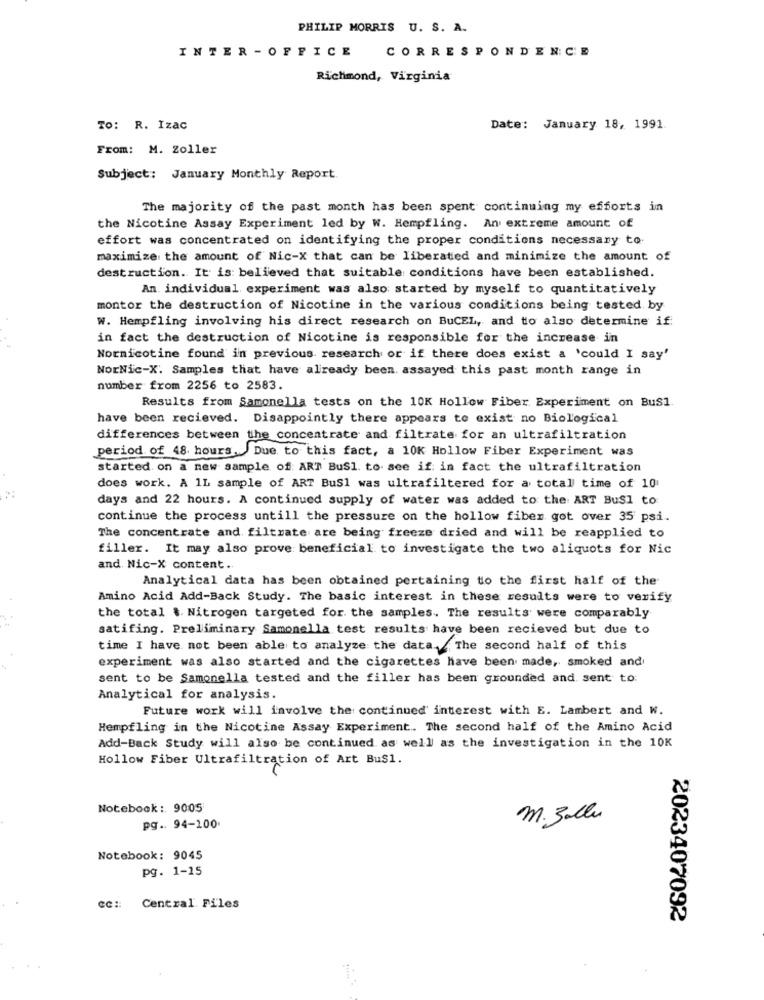
PHILIP MORRIS U. S. A.
INTER -OFFICE
CORRESPONDENCE
Richmond, Virginia
TO: R. Izac
Date: January 18, 1991.
From: M. Zoller
Subject: January Monthly Report.
The majority of the past month has been spent continuing my efforts in
the Nicotine Assay Experiment led by W. Hempfling. An extreme amount of
effort was concentrated on identifying the proper conditions necessary to
maximize the amount of Nic-X that can be liberated and minimize the amount of
destruction. It is: believed that suitable conditions have been established.
An. individual experiment was also started by myself to quantitatively
montor the destruction of Nicotine in the various conditions being tested by
W. Hempfling involving his direct research on BuCEL, and to also determine if:
in fact the destruction of Nicotine is responsible for the increase in
Nornicotine found in previous research or if there does exist a 'could I say'
NorNic-X. Samples that have already been. assayed this past month range in
number from 2256 to 2583.
Results from Samonella tests on the 10K Hollow Fiber Experiment on Bus1.
have been recieved. Disappointly there appears to exist no Biological
differences between the concentrate and filtrate for an ultrafiltration
period of 48 hours. Due to this fact, a 10K Hollow Fiber Experiment was
started on a new sample of: ART Bus1. to see if: in fact the ultrafiltration
does work. A 1L sample of ART BuSl was ultrafiltered for a total time of 10
days and 22 hours. A continued supply of water was added to the ART BuSl to.
continue the process untill the pressure on the hollow fiber got over 35 psi.
The concentrate and filtrate are being freeze dried and will be reapplied to
filler. It may also prove beneficial to investigate the two aliquots for Nic
and. Nic-X content ..
Analytical data has been obtained pertaining to the first half of the
Amino Acid Add-Back Study. The basic interest in these results were to verify
the total $. Nitrogen targeted for. the samples. The results were comparably
satifing. Preliminary Samonella test results have been recieved but due to
time I have not been able to analyze the data. The second half of this
experiment was also started and the cigarettes have been made, smoked and
sent to be Samonella tested and the filler has been grounded and sent to:
Analytical for analysis.
Future work will involve the continued interest with E. Lambert and W.
Hempfling in the Nicotine Assay Experiment .. The second half of the Amino Acid
Add-Back Study will also be continued as well as the investigation in the 10K
Hollow Fiber Ultrafiltration of Art Bus1.
Notebook : 9005
m. zallu
pg .. 94-100.
Notebook: 9045
pg. 1-15
CC :: Central. Files
2023407092